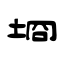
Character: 埛